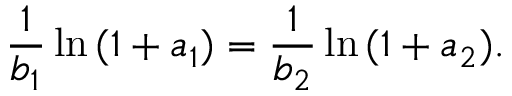
\frac { 1 } { b _ { 1 } } \ln { ( 1 + a _ { 1 } ) } = \frac { 1 } { b _ { 2 } } \ln { ( 1 + a _ { 2 } ) } .